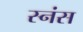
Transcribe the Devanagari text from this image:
स्नंस